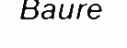
Baure